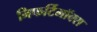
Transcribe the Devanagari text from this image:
निफर्टिमॉक्स